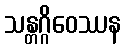
သန္တဂ္ဂိဝေဿန